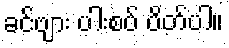
ခင်ဗျား ပါးစပ် ပိတ်ပါ။